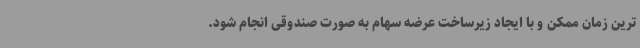
ترین زمان ممکن و با ایجاد زیرساخت عرضه سهام به صورت صندوقی انجام شود.